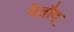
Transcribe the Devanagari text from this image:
मेतौद्